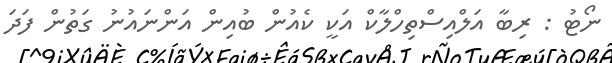
ނޯޓު : ރިބާ އަލްއިސްތިހްލާކް އަކީ ކެއުން ބުއިން އަންނައުނު ގަތުން ފަދަ